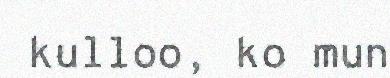
kulloo, ko mun